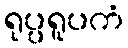
ရုပ္ပရူပကံ